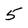
Character: 5